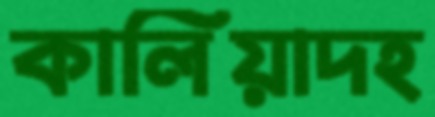
কালিয়াদহ